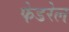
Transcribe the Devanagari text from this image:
फेडरेल